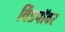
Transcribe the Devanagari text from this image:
विंडपॉवर